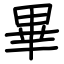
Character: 畢